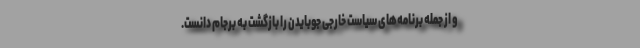
و از جمله برنامه‌های سیاست خارجی جوبایدن را بازگشت به برجام دانست.